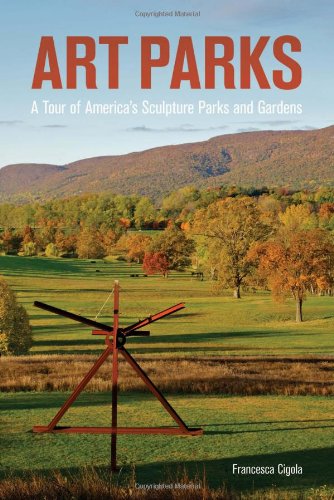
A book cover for Art Parks: A Tour of America's Sculpture Parks and Gardens; Francesca Cigola; Crafts, Hobbies & Home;